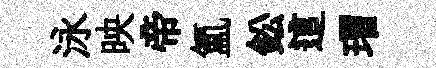
泳映帝氲鈆這瑁